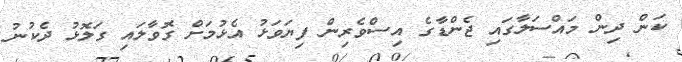
ކަން ދިން މައްސަލާގައި ޖެންޑާގެ އިސްވެރިން ފިޔަވަޅު އެޅުމަށް ގޮވާލައި ގަލޮޅު ދެކުނު